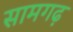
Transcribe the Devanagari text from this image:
सामगढ़